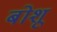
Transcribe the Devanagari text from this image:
बोशू